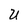
Character: U